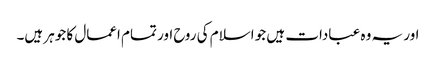
اور یہ وہ عبادات ہیں جو اسلام کی روح اور تمام اعمال کا جوہر ہیں۔